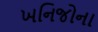
ખનિજોના